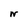
Character: N